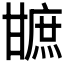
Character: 𤯋